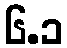
၆.၁